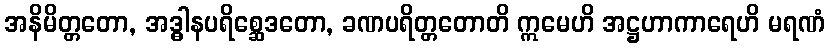
အနိမိတ္တတော, အဒ္ဓါနပရိစ္ဆေဒတော, ခဏပရိတ္တတောတိ ဣမေဟိ အဋ္ဌဟာကာရေဟိ မရဏံ